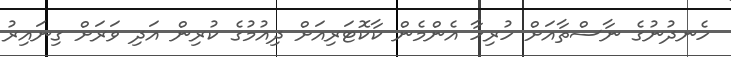
ހެނދުނުގެ ނާސްތާއަށް ހުރިހާ އެންމެން ކާކޮޓަރިއަށް ދިއުމުގެ ކުރިން އަދި ވަރަށް ގިނައިރު